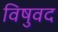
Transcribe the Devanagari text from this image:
विषुवद